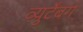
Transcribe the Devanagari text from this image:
व्युर्टेंबर्ग